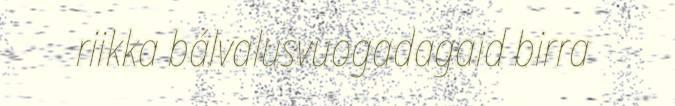
riikka bálvalusvuogadagaid birra